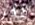
عذر